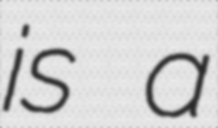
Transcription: is a